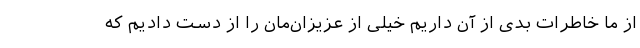
از ما خاطرات بدی از آن داریم خیلی از عزیزان‌مان را از دست دادیم که